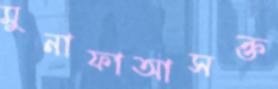
মুনাফাআসক্ত